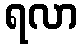
ရလာ